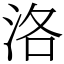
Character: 洛